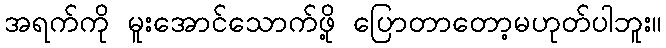
အရက်ကို မူးအောင်သောက်ဖို့ ပြောတာတော့မဟုတ်ပါဘူး။